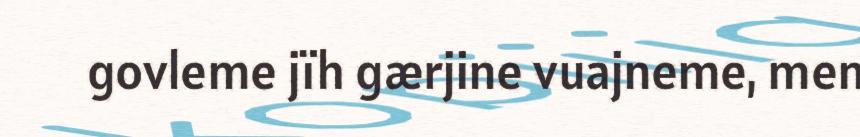
govleme jïh gærjine vuajneme, men